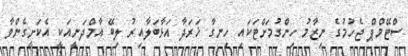
ސްޓޭމްޕް ޖެހުމުގެ ނިޒާމު ހިންގުމަށްޓަކައި ހިނގާ ޚަރަދާ އަޅާބަލާއިރު ލިބޭ އާމްދަނީއަކީ އެކަށީގެންވާ